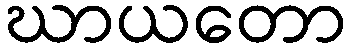
ဃာယတော